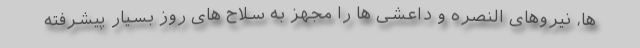
ها، نیروهای النصره و داعشی ها را مجهز به سلاح های روز بسیار پیشرفته